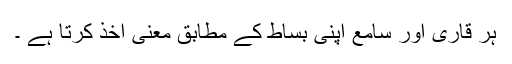
ہر قاری اور سامع اپنی بساط کے مطابق معنی اخذ کرتا ہے ۔